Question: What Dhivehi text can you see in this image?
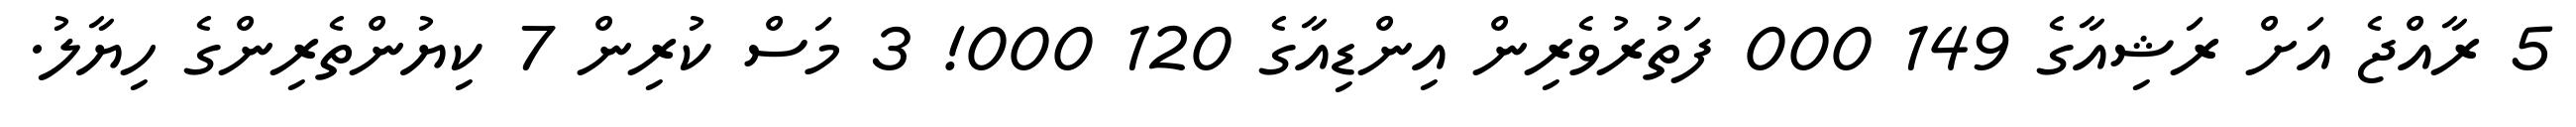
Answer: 5 ރާއްޖެ އަށް ރަޝިއާގެ 149 000 ފަތުރުވެރިން އިންޑިއާގެ 120 000! 3 މަސް ކުރިން 7 ކިޔުންތެރިންގެ ހިޔާލު.